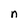
Character: n